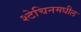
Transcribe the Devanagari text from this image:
श्टेचिनमधील